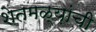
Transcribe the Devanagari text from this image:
शेतमळ्य़ांची